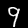
Digit: 9